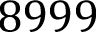
8 9 9 9